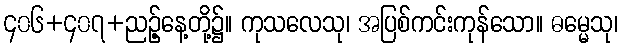
၄၀၆+၄၀၇+ညဉ့်နေ့တို့၌။ ကုသလေသု၊ အပြစ်ကင်းကုန်သော။ ဓမ္မေသု၊